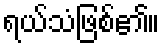
ရယ်သံဖြစ်၏။